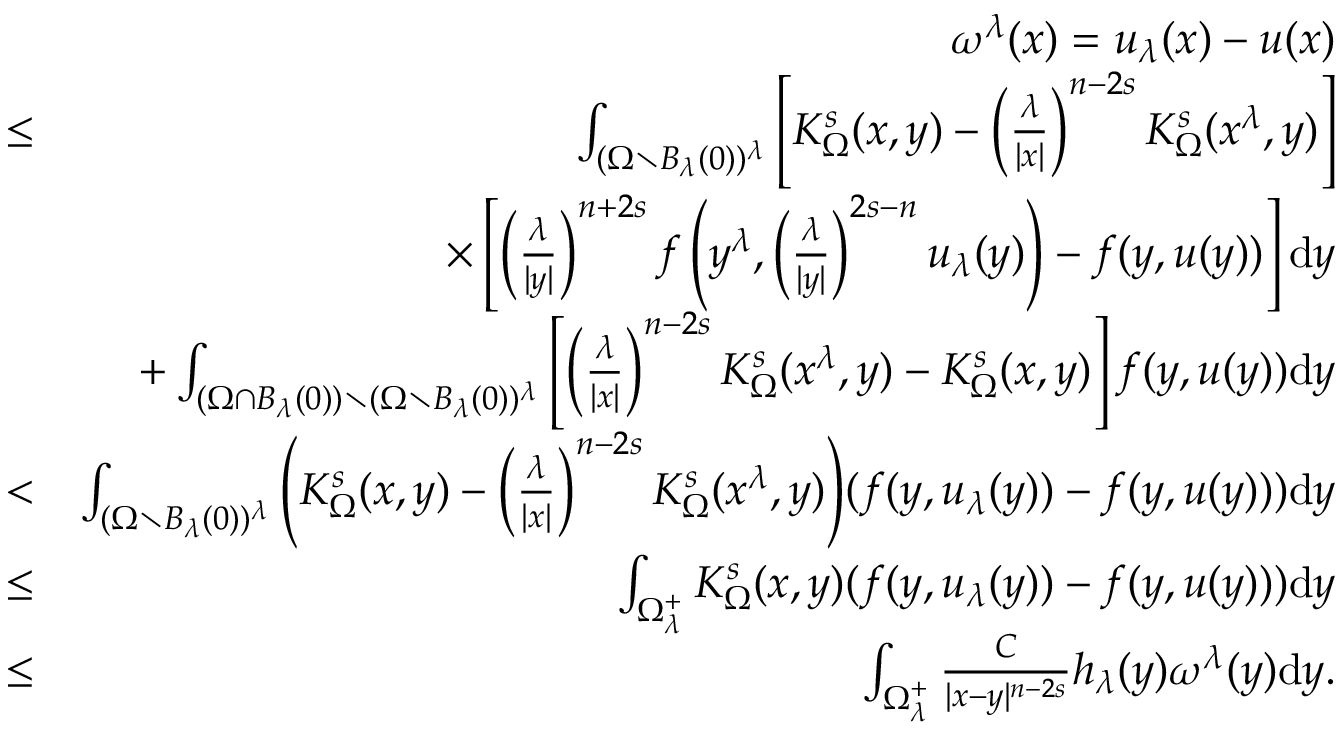
\begin{array} { r l r } & { } & { \quad \omega ^ { \lambda } ( x ) = u _ { \lambda } ( x ) - u ( x ) } \\ & { \leq } & { \int _ { ( \Omega \setminus B _ { \lambda } ( 0 ) ) ^ { \lambda } } \Bigg [ K _ { \Omega } ^ { s } ( x , y ) - \left( \frac { \lambda } { | x | } \right) ^ { n - 2 s } K _ { \Omega } ^ { s } ( x ^ { \lambda } , y ) \Bigg ] } \\ & { } & { \times \left[ \left( \frac { \lambda } { | y | } \right) ^ { n + 2 s } f \left( y ^ { \lambda } , \left( \frac { \lambda } { | y | } \right) ^ { 2 s - n } u _ { \lambda } ( y ) \right) - f ( y , u ( y ) ) \right] \mathrm d y } \\ & { } & { + \int _ { ( \Omega \cap B _ { \lambda } ( 0 ) ) \setminus ( \Omega \setminus B _ { \lambda } ( 0 ) ) ^ { \lambda } } \left[ \left( \frac { \lambda } { | x | } \right) ^ { n - 2 s } K _ { \Omega } ^ { s } ( x ^ { \lambda } , y ) - K _ { \Omega } ^ { s } ( x , y ) \right] f ( y , u ( y ) ) \mathrm d y } \\ & { < } & { \int _ { ( \Omega \setminus B _ { \lambda } ( 0 ) ) ^ { \lambda } } \Bigg ( K _ { \Omega } ^ { s } ( x , y ) - \left( \frac { \lambda } { | x | } \right) ^ { n - 2 s } K _ { \Omega } ^ { s } ( x ^ { \lambda } , y ) \Bigg ) ( f ( y , u _ { \lambda } ( y ) ) - f ( y , u ( y ) ) ) \mathrm d y } \\ & { \leq } & { \int _ { \Omega _ { \lambda } ^ { + } } K _ { \Omega } ^ { s } ( x , y ) ( f ( y , u _ { \lambda } ( y ) ) - f ( y , u ( y ) ) ) \mathrm d y } \\ & { \leq } & { \int _ { \Omega _ { \lambda } ^ { + } } \frac { C } { | x - y | ^ { n - 2 s } } h _ { \lambda } ( y ) \omega ^ { \lambda } ( y ) \mathrm d y . } \end{array}